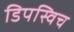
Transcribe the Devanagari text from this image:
डिपस्विच